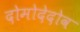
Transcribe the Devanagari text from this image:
दोमोदेदोव